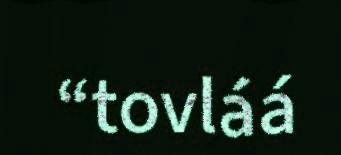
“tovláá